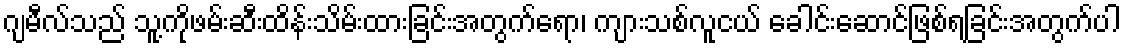
ဂျမီလ်သည် သူ့ကိုဖမ်းဆီးထိန်းသိမ်းထားခြင်းအတွက်ရော၊ ကျားသစ်လူငယ် ခေါင်းဆောင်ဖြစ်ရခြင်းအတွက်ပါ